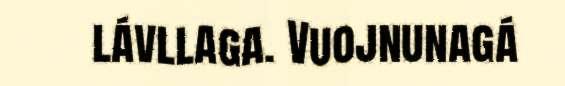
lávllaga. Vuojnunagá